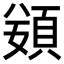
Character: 𩒭